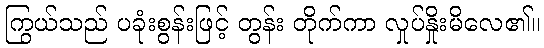
ကြွယ်သည် ပခုံးစွန်းဖြင့် တွန်း တိုက်ကာ လှုပ်နှိုးမိလေ၏။